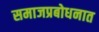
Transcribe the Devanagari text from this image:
समाजप्रबोधनात